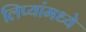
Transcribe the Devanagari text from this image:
लिप्यांमध्ये